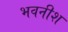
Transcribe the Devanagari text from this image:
भवनीश